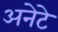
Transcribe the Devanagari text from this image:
अनेटे